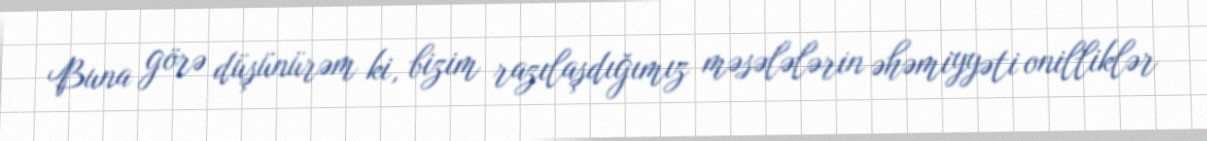
Buna görə düşünürəm ki, bizim razılaşdığımız məsələlərin əhəmiyyəti onilliklər